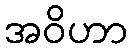
အဝိဟာ